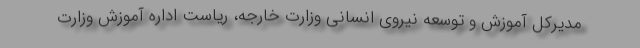
مدیرکل آموزش و توسعه نیروی انسانی وزارت خارجه، ریاست اداره آموزش وزارت